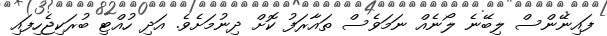
ފައިނޭންސް ލިބޭނެ ލޯނެއް ނަމަވެސް ތައާރަފު ކޮށް ދިނުމަށެވެ. އަދި ހުއްޓި ބުރަކިޖެހިފައި